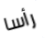
رأسا